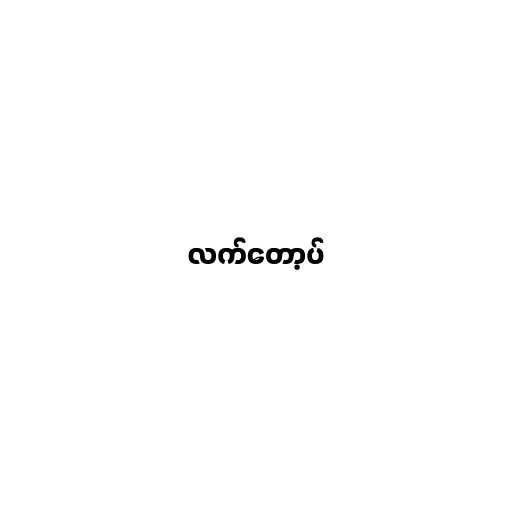
လက်တော့ပ်